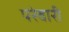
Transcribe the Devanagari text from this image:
परेवारी